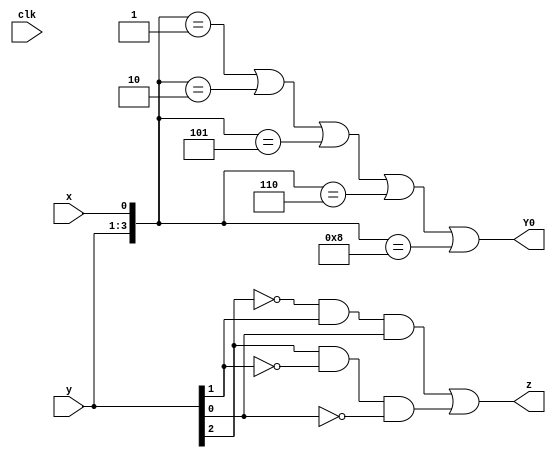
module top_module (
    input clk,
    input [2:0] y,
    input x,
    output Y0,
    output z
);
    assign Y0=({y,x}==4'b0001)|({y,x}==4'b0010)|({y,x}==4'b0101)|({y,x}==4'b0110)|({y,x}==4'b1000);
    assign z=(~y[2]&y[1]&y[0])|(y[2]&~y[1]&~y[0]);
endmodule